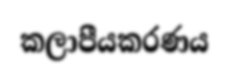
කලාපීයකරණය